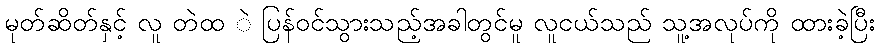
မုတ်ဆိတ်နှင့် လူ တဲထ ဲ ပြန်ဝင်သွားသည့်အခါတွင်မူ လူငယ်သည် သူ့အလုပ်ကို ထားခဲ့ပြီး